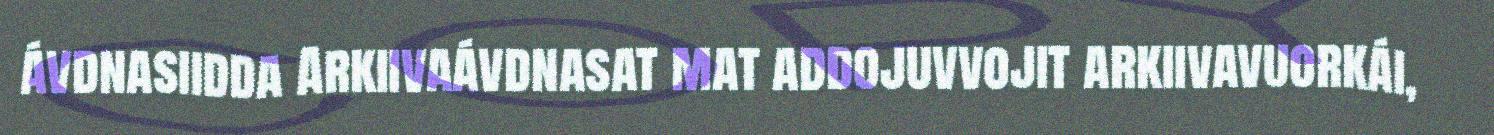
ávdnasiidda Arkiivaávdnasat mat addojuvvojit arkiivavuorkái,